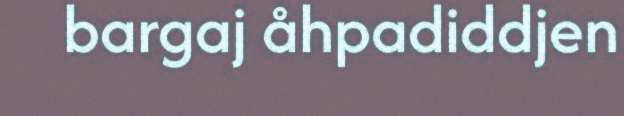
bargaj åhpadiddjen